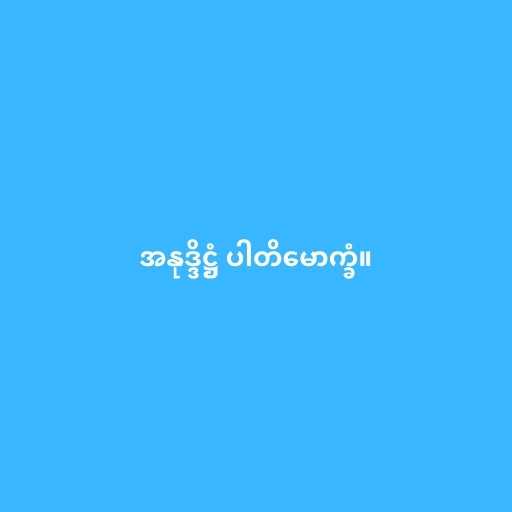
အနုဒ္ဒိဋ္ဌံ ပါတိမောက္ခံ။